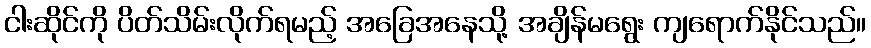
ငါးဆိုင်ကို ပိတ်သိမ်းလိုက်ရမည့် အခြေအနေသို့ အချိန်မရွေး ကျရောက်နိုင်သည်။